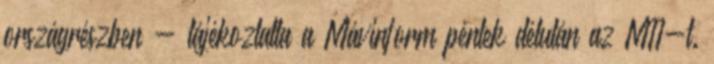
országrészben - tájékoztatta a Mávinform péntek délután az MTI-t.